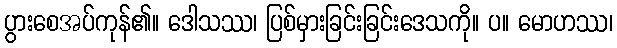
ပွားစေအပ်ကုန်၏။ ဒေါသဿ၊ ပြစ်မှားခြင်းခြင်းဒေသကို။ ပ။ မောဟဿ၊